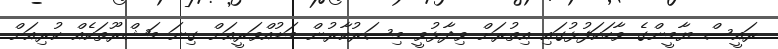
ރައީސް ޔާމީންގެ ވާހަކަފުޅުގައި އިތުރަށް ވިދާޅުވީ މިސަރުކާރުން މަޑުއްވަރީއަށް ގިނަ މަޝްރޫތަކެއް ކުރިއަށް